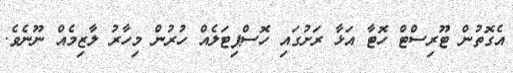
އެގޮތުން ޓޫރިސްޓް ހޮޓާ އަޅާ ރަށުގައި ހޮސްޕިޓަލެއް ހުރުން މިހާރު ލާޒިމެއް ނޫނެވެ.